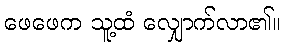
ဖေဖေက သူ့ထံ လျှောက်လာ၏။